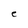
Character: e